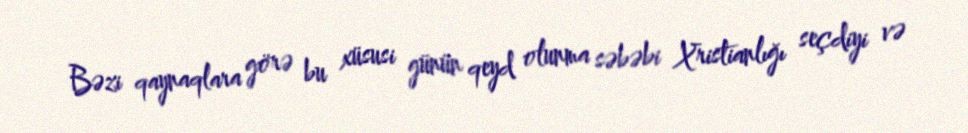
Bəzi qaynaqlara görə bu xüsusi günün qeyd olunma səbəbi Xristianlığı seçdiyi və